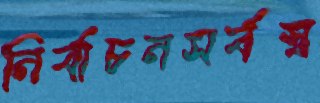
নির্বাচনসর্বস্ব